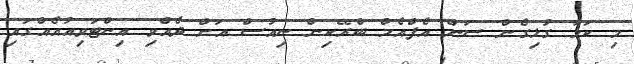
މި ކަމާ ގުޅިގެން ސަން އެފްއެމް ބްރޭކިން ނިއުސް އަށް ދެއްވި އިންޓަވިއުއެއްގައި